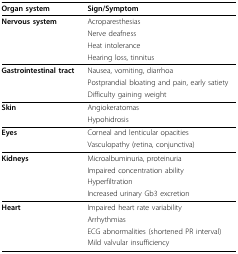
<table><thead><tr><td><b>Organ system</b></td><td><b>Sign/Symptom</b></td></tr></thead><tbody><tr><td><b>Nervous system</b></td><td>Acroparesthesias</td></tr><tr><td></td><td>Nerve deafness</td></tr><tr><td></td><td>Heat intolerance</td></tr><tr><td></td><td>Hearing loss, tinnitus</td></tr><tr><td><b>Gastrointestinal tract</b></td><td>Nausea, vomiting, diarrhoa</td></tr><tr><td></td><td>Postprandial bloating and pain, early satiety</td></tr><tr><td></td><td>Difficulty gaining weight</td></tr><tr><td><b>Skin</b></td><td>Angiokeratomas</td></tr><tr><td></td><td>Hypohidrosis</td></tr><tr><td><b>Eyes</b></td><td>Corneal and lenticular opacities</td></tr><tr><td></td><td>Vasculopathy (retina, conjunctiva)</td></tr><tr><td><b>Kidneys</b></td><td>Microalbuminuria, proteinuria</td></tr><tr><td></td><td>Impaired concentration ability</td></tr><tr><td></td><td>Hyperfiltration</td></tr><tr><td></td><td>Increased urinary Gb3 excretion</td></tr><tr><td><b>Heart</b></td><td>Impaired heart rate variability</td></tr><tr><td></td><td>Arrhythmias</td></tr><tr><td></td><td>ECG abnormalities (shortened PR interval)</td></tr><tr><td></td><td>Mild valvular insufficiency</td></tr></tbody></table>